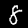
Label: 8